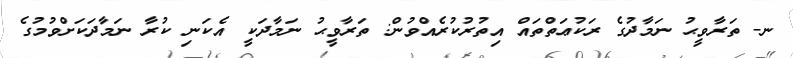
ނ- ތަރާވީޙު ނަމާދުގެ ރަކުޢަތްތައް އިތުރުކުރެއްވުން: ތަރާވީޙު ނަމާދަކީ އެކަނި ކުރާ ނަމާދަކަށްވުމުގެ